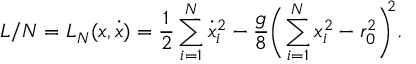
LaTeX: L / N = L _ { N } ( x , \dot { x } ) = \frac { 1 } { 2 } \sum _ { i = 1 } ^ { N } \dot { x } _ { i } ^ { 2 } - \frac { g } { 8 } \biggl ( \sum _ { i = 1 } ^ { N } x _ { i } ^ { 2 } - r _ { 0 } ^ { 2 } \biggr ) ^ { \! \! 2 } .